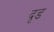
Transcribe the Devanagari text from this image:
दृड